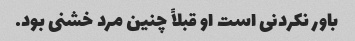
باور نکردنی است او قبلاً چنین مرد خشنی بود.